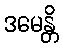
ဒမေန္တိ